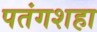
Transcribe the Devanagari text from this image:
पतंगशहा